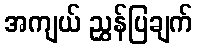
အကျယ် ညွှန်ပြချက်